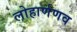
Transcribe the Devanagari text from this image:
लोहार्णणव